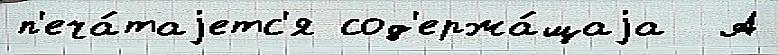
п'еча́таjетс'я сод'ержа́щаjа  А